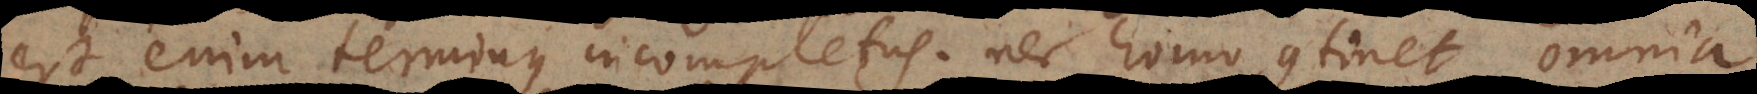
est enim terminus incompletus, nec homo continet omnia